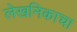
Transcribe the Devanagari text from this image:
लेखनिकाचा